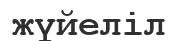
жүйеліл